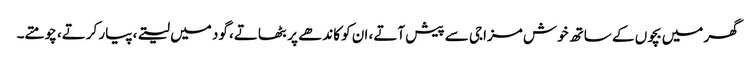
گھر میں بچوں کے ساتھ خوش مزاجی سے پیش آتے، ان کو کاندھے پر بٹھاتے، گود میں لیتے، پیار کرتے، چومتے۔